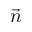
\vec { n }